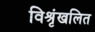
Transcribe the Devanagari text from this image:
विश्रृंखलित